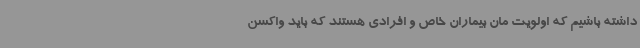
داشته باشیم که اولویت مان بیماران خاص و افرادی هستند که باید واکسن